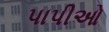
પાપીઓ